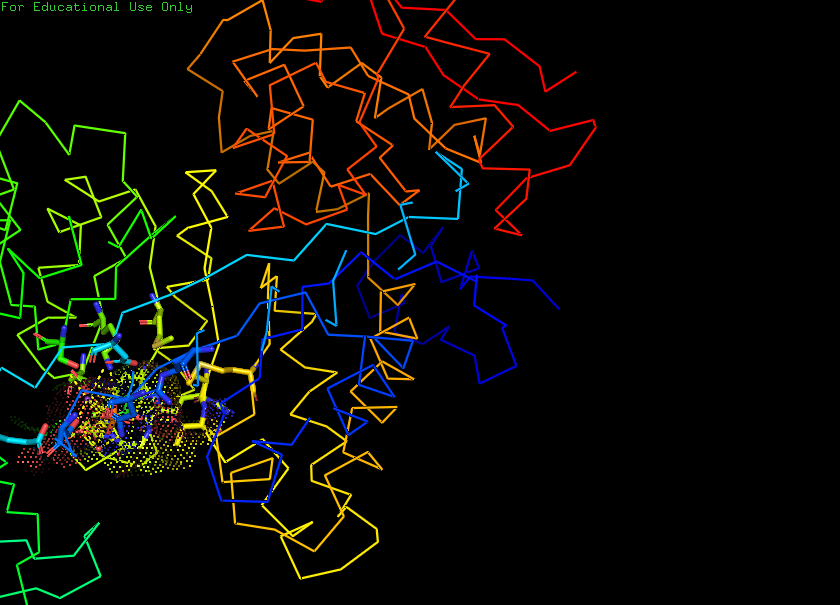
pymol, preset, ligand_sites_dots